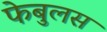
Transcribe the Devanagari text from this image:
फेबुलस